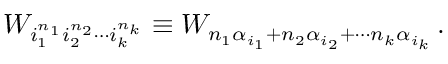
W _ { i _ { 1 } ^ { n _ { 1 } } i _ { 2 } ^ { n _ { 2 } } \cdots i _ { k } ^ { n _ { k } } } \equiv W _ { n _ { 1 } \alpha _ { i _ { 1 } } + n _ { 2 } \alpha _ { i _ { 2 } } + \cdots n _ { k } \alpha _ { i _ { k } } } \, .